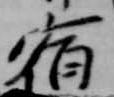
宿